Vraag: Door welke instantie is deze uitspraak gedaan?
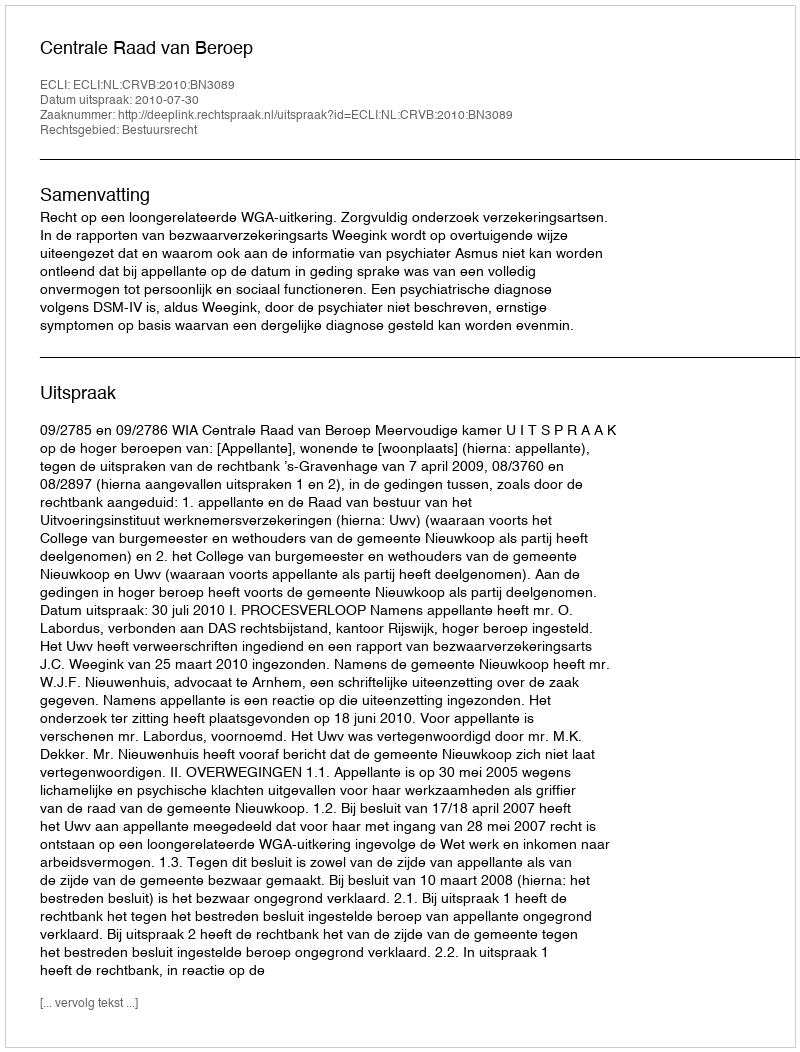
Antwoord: Centrale Raad van Beroep